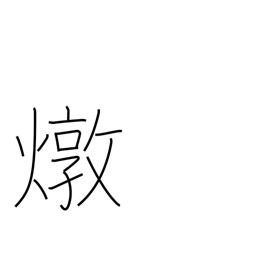
Meaning: fiery